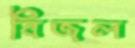
বিজল